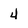
Character: 4